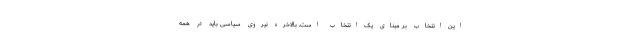
این انتخاب بر مبنای یک انتخاب است. بالاخره نیروی سیاسی باید در همه